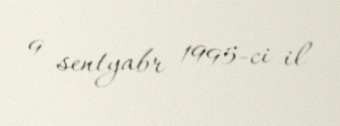
9 sentyabr 1995-ci il